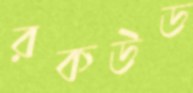
রকউড